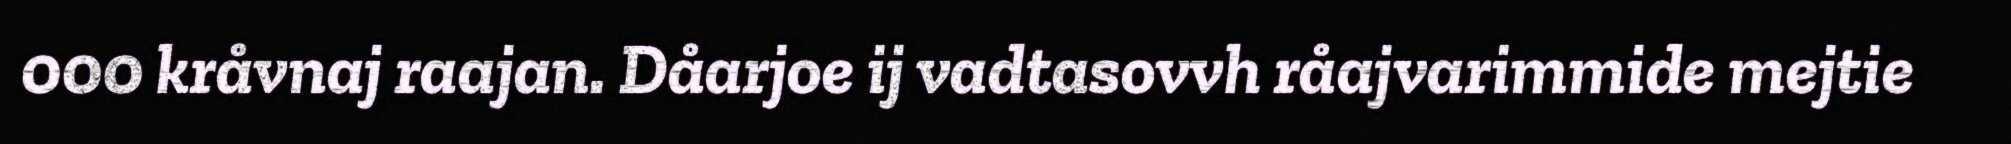
000 kråvnaj raajan. Dåarjoe ij vadtasovvh råajvarimmide mejtie